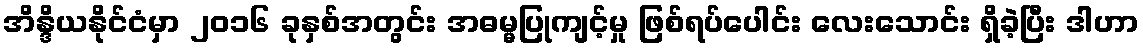
အိန္ဒိယနိုင်ငံမှာ ၂၀၁၆ ခုနှစ်အတွင်း အဓမ္မပြုကျင့်မှု ဖြစ်ရပ်ပေါင်း လေးသောင်း ရှိခဲ့ပြီး ဒါဟာ